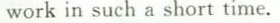
workin such a short time.